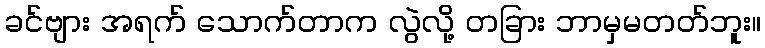
ခင်ဗျား အရက် သောက်တာက လွဲလို့ တခြား ဘာမှမတတ်ဘူး။